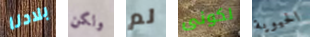
بلادنا ولكن لم لكونى الحيوية